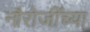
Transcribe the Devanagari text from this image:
नौरोजींच्या